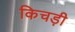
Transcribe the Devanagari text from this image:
किचड़ी